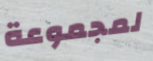
لمجموعة